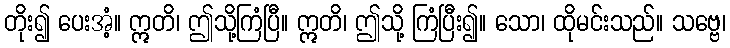
တိုး၍ ပေးအံ့။ ဣတိ၊ ဤသို့ကြံပြီ။ ဣတိ၊ ဤသို့ ကြံပြီး၍။ သော၊ ထိုမင်းသည်။ သဗ္ဗေ၊